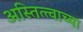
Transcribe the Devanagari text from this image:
अस्तित्त्वाच्या